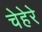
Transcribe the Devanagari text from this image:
चेहेरे